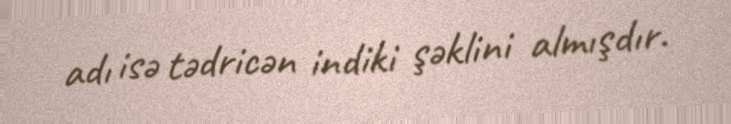
adı isə tədricən indiki şəklini almışdır.